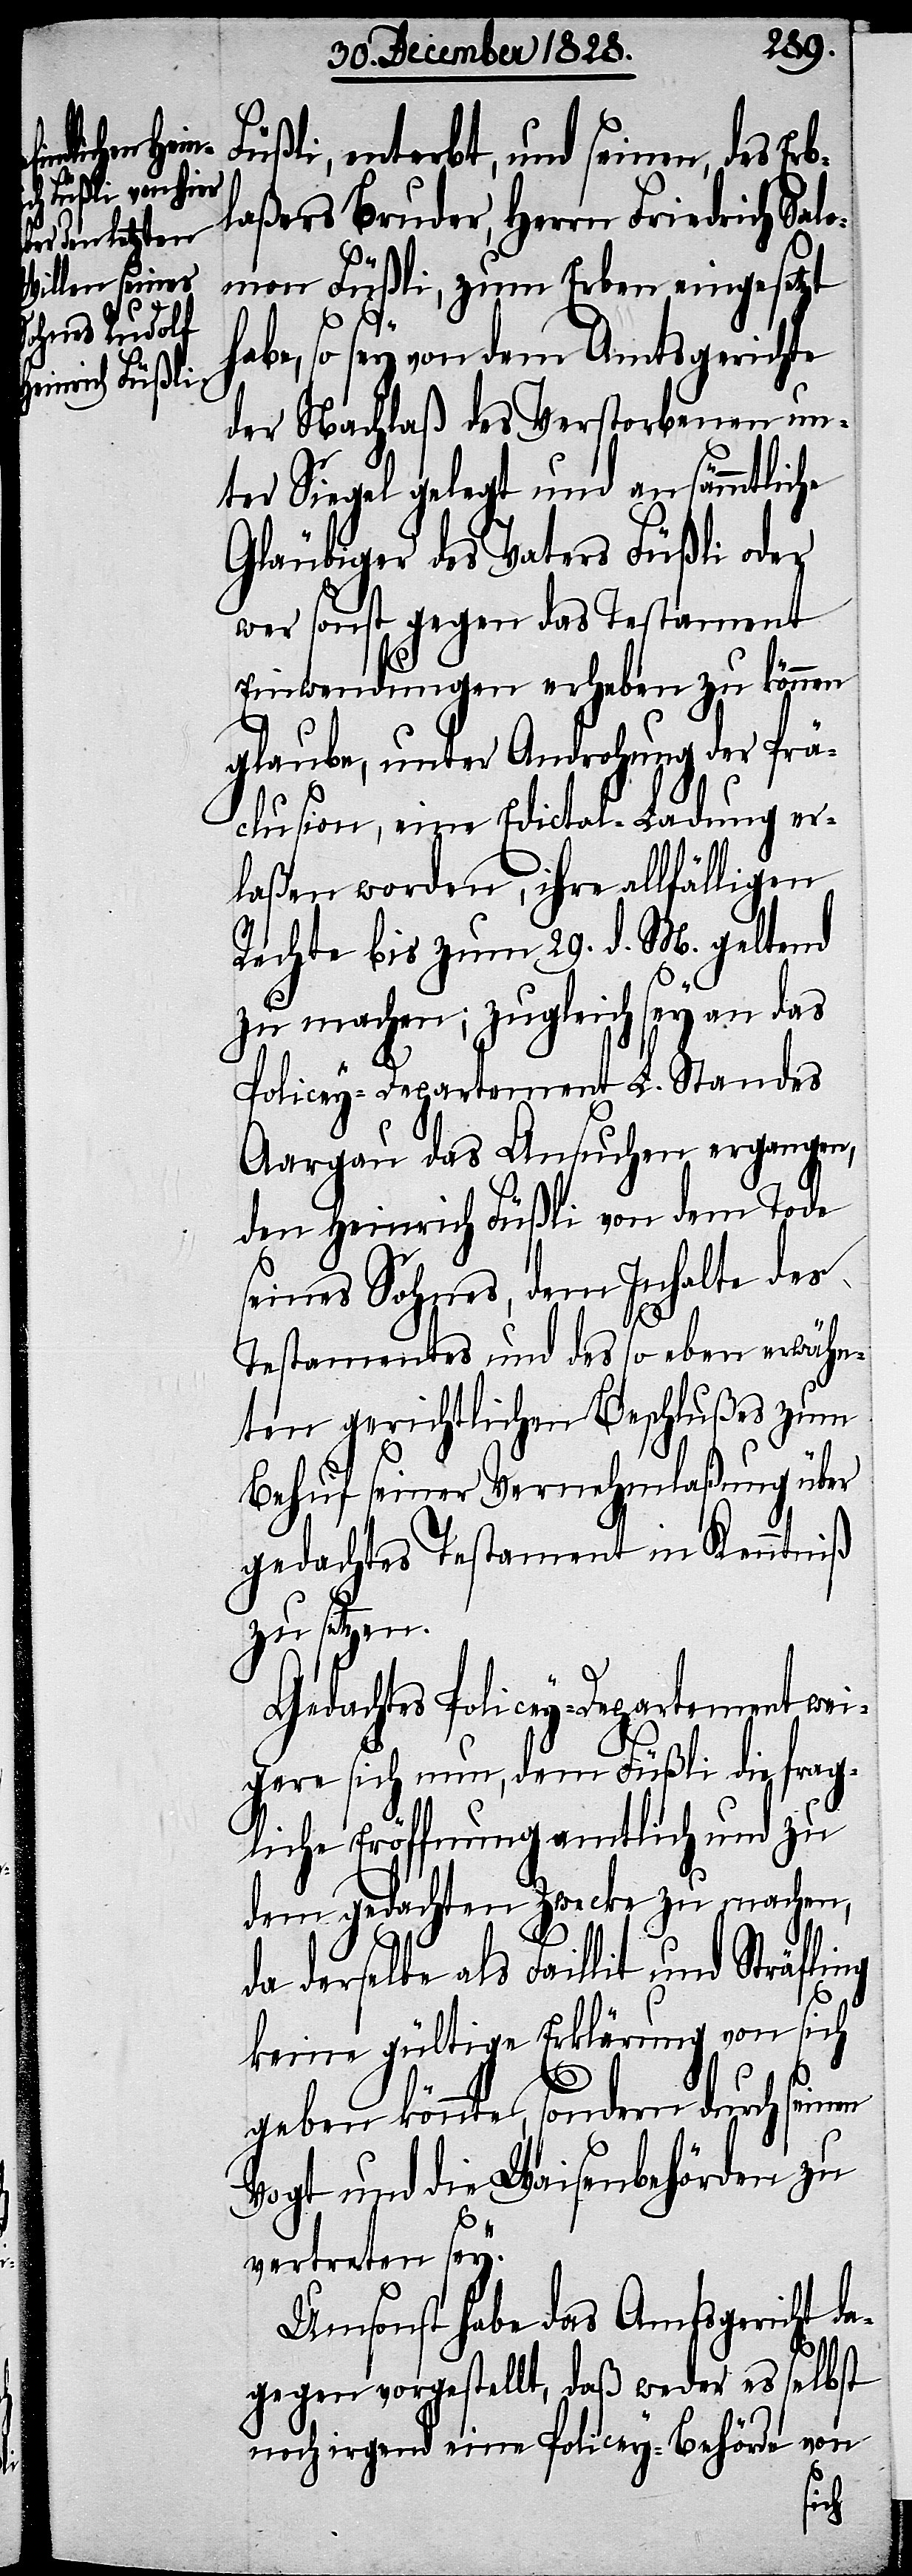
Füßli, enterbt, und seinen, des Erb¬
laßers Bruder, Herrn Friedrich Sal¬
omon Füßli, zum Erben eingesetzt
abe, so sey von dem Amtsgerichte
der Nachlaß des Verstorbenen un¬
ter Siegel gelegt und an sämmtliche
Gläubiger des Vaters Füßli oder
wer sonst gegen das Testament
Einwendungen erheben zu können
glaube, unter Androhung der Prä¬
clusion, eine Edictal-Ladung er¬
laßen worden, ihre allfälligen
Rechte bis zum 29. d. M. geltend
zu machen; zugleich sey an das
Policey-Departement L. Standes
Aargau das Ansuchen ergangen,
den Heinrich Füßli von dem Tode
seines Sohnes, dem Inhalte des
Testamentes und des so eben erwähn¬
ten gerichtlichen Beschlußes zum
Behuf seiner Vernehmlaßung über
gedachtes Testament in Kenntniß
zu setzen.
Gedachtes Policey-Departement wei¬
gere sich nun, dem Füßli die frag¬
liche Eröffnung amtlich und zu
dem gedachten Zwecke zu machen,
derselbe als Faillit und Sträfling
keine gültige Erklärung von sich
geben könnte, sondern durch sein¬
Vogt und die Waisenbehörden zu
en
vertreten sey.
Umsonst habe das Amtsgericht da¬
gegen vorgestellt, daß weder es selbst
noch irgend eine Policey-Behörde von